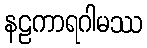
နဠကာရဂါမဿ